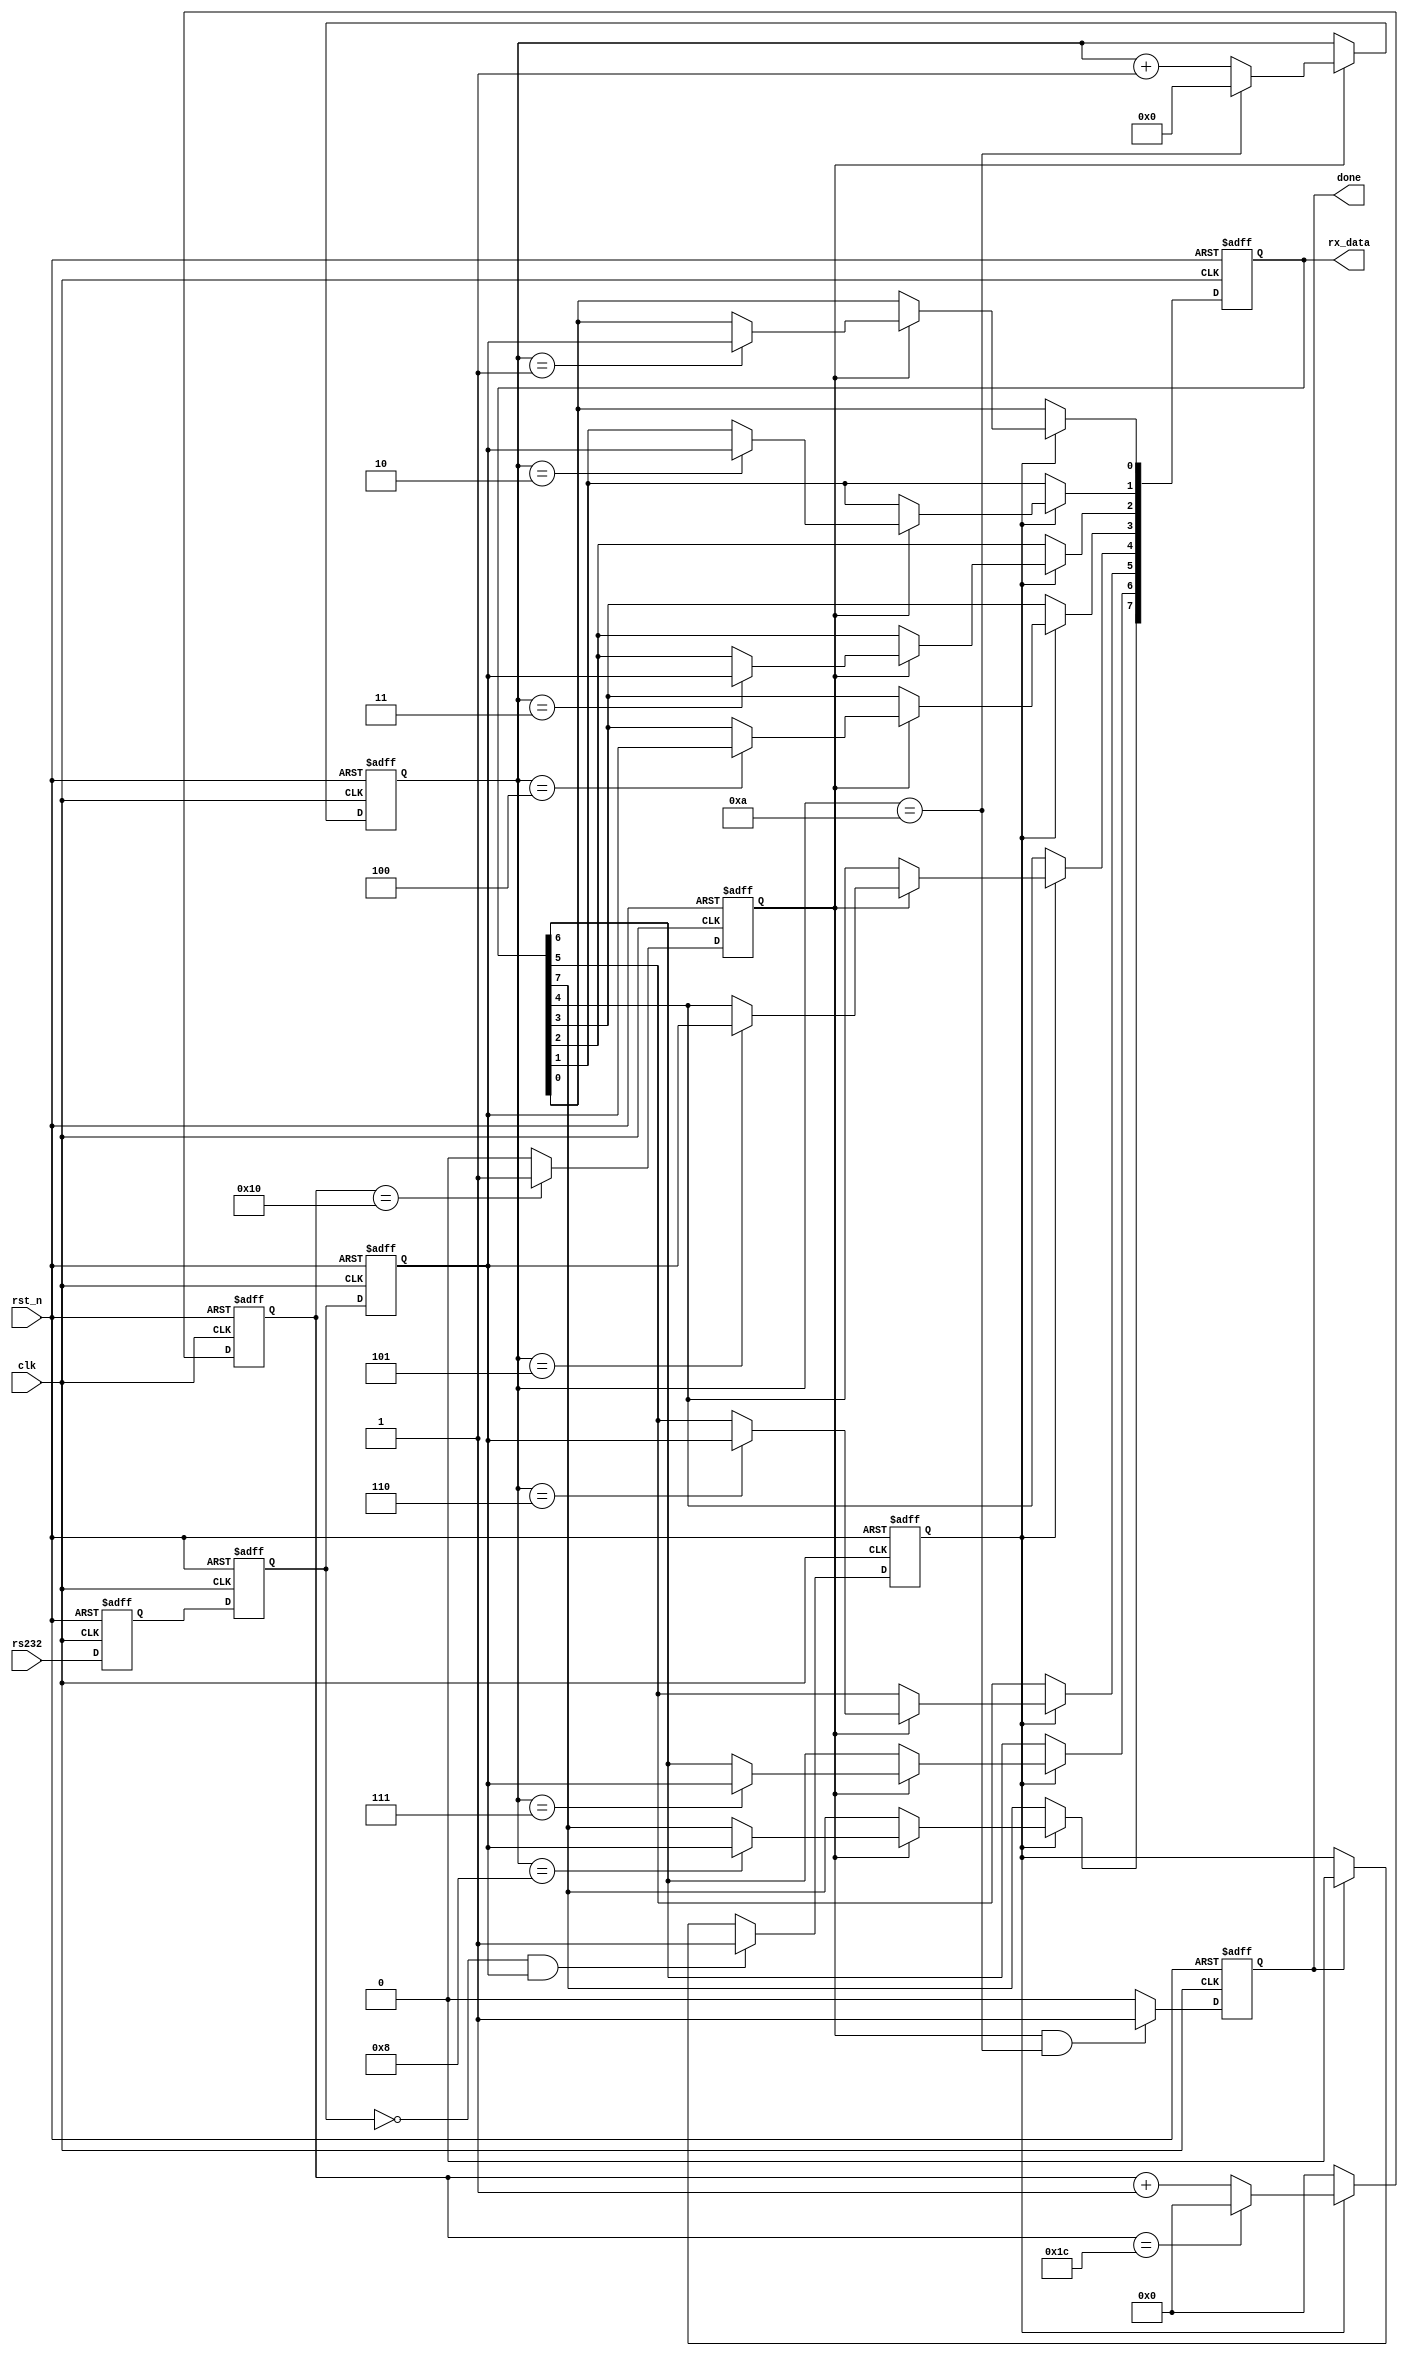
module uart_rx(
    input clk,
    input rst_n,
    input rs232,

    output reg [7:0] rx_data,
    output reg done
);

    reg rs232_t;
    reg rs232_t1;
    reg rs232_t2;
    reg state;
    reg [12:0] baud_cnt;
    reg bit_flag;
    reg [3:0] bit_cnt;

    wire nege;
//============================//
    always@(posedge clk or negedge rst_n)begin
        if(!rst_n)begin
            rs232_t <= 1'b1;
            rs232_t1 <= 1'b1;
            rs232_t2 <= 1'b1;
        end
        else begin
            rs232_t <= rs232;
            rs232_t1 <= rs232_t;
            rs232_t2 <= rs232_t1;
        end
    end
//=============nege===============//
    assign nege = !rs232_t1 & rs232_t2;
//=============state===============//
    always@(posedge clk or negedge rst_n)begin
        if(!rst_n)
            state <= 1'b0;
        else if(nege)
            state <= 1'b1;
        else if(done)
            state <= 1'b0;
        else
            state <= state;
    end
//=============baud_cnt===============//
    always@(posedge clk or negedge rst_n)begin
        if(!rst_n)
            baud_cnt <= 0;
        else if(state)begin
            if(baud_cnt == 'd28)
                baud_cnt <= 'd0;
            else
                baud_cnt <= baud_cnt + 1'b1;
        end
        else
            baud_cnt <= 'd0;
    end
//=============bit_flag===============//
    always@(posedge clk or negedge rst_n)begin
        if(!rst_n)
            bit_flag <= 1'b0;
        else if(baud_cnt == 'd16)
            bit_flag <= 1'b1;
        else
            bit_flag <= 1'b0;
    end
//=============bit_cnt===============//
    always@(posedge clk or negedge rst_n)begin
        if(!rst_n)
            bit_cnt <= 'd0;
        else if(bit_flag)begin
            if(bit_cnt == 'd10)
                bit_cnt <= 'd0;
            else
                bit_cnt <= bit_cnt + 1'b1;
        end        
        else
            bit_cnt <= bit_cnt;
    end
//=============rx_data===============//
    always@(posedge clk or negedge rst_n)begin
        if(!rst_n)
            rx_data <= 'd0;
        else if(state)begin
            if(bit_flag)begin
                case(bit_cnt)
                   4'd1 : rx_data[0] <=  rs232_t2;
                   4'd2 : rx_data[1] <=  rs232_t2;
                   4'd3 : rx_data[2] <=  rs232_t2;
                   4'd4 : rx_data[3] <=  rs232_t2;
                   4'd5 : rx_data[4] <=  rs232_t2;
                   4'd6 : rx_data[5] <=  rs232_t2;
                   4'd7 : rx_data[6] <=  rs232_t2;
                   4'd8 : rx_data[7] <=  rs232_t2;
                   default : rx_data <= rx_data;
                endcase
            end
        end
        else
            rx_data <= rx_data;
    end
//=============done===============//
    always@(posedge clk or negedge rst_n)begin
        if(!rst_n)
            done <= 1'b0;
        else if(bit_flag && (bit_cnt == 'd10))
            done <= 1'b1;
        else
            done <= 1'b0;
    end

endmodule